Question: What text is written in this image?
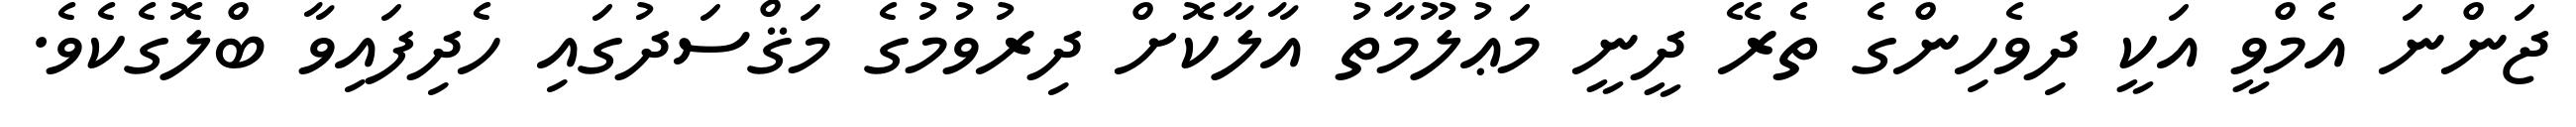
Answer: ޖަންނަ އެމްވީ އަކީ ދިވެހިންގެ ތެރޭ ދީނީ މަޢުލޫމާތު އާލާކޮށް ދިރުވުމުގެ މަޤްސަދުގައި ހެދިފައިވާ ބްލޮގެކެވެ.